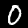
Digit: 0